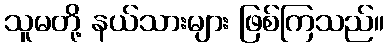
သူမတို့ နယ်သားများ ဖြစ်ကြသည်။